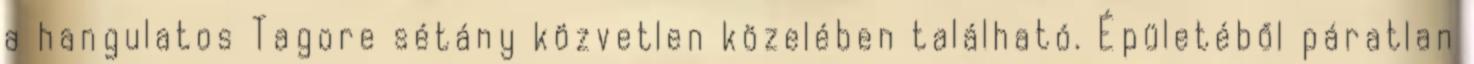
a hangulatos Tagore sétány közvetlen közelében található. Épületéből páratlan